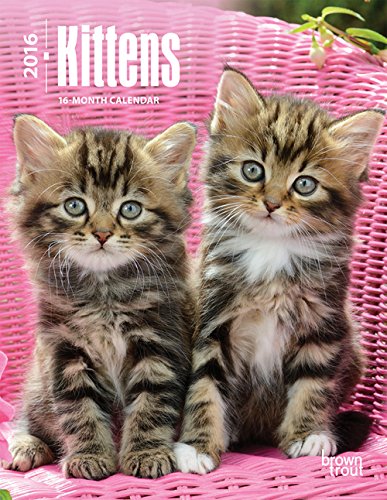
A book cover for Kittens 2016 Engagement; Browntrout Publishers; Calendars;